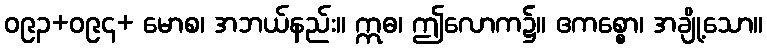
ဝ၉၃+ဝ၉၄+ မောစ၊ အဘယ်နည်း။ ဣဓ၊ ဤလောက၌။ ဧကစ္စော၊ အချို့သော။